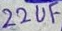
Text: 22uF